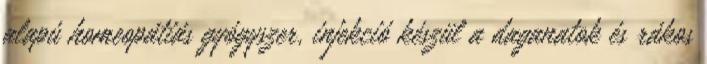
alapú homeopátiás gyógyszer, injekció készül a daganatok és rákos